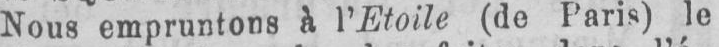
Nous empruntons à l’Etoile (de Paris) le